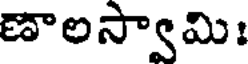
ణాలస్వామి: